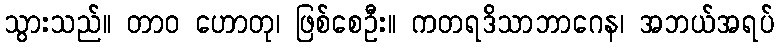
သွားသည်။ တာဝ ဟောတု၊ ဖြစ်စေဦး။ ကတရဒိသာဘာဂေန၊ အဘယ်အရပ်